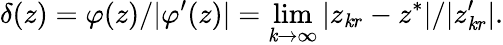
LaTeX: \delta(z)=\varphi(z)/|\varphi^{\prime}(z)|=\operatorname*{lim}_{\mathit{k}\to\infty}|z_{\mathit{k}r}-z^{*}|/|z_{\mathit{k}r}^{\prime}|.